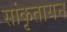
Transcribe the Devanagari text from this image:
सांकृतायन